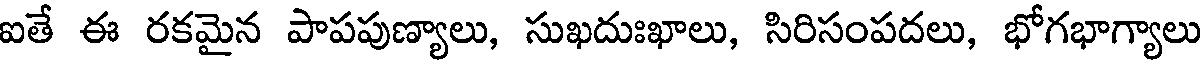
ఐతే ఈ రకమైన పాపపుణ్యాలు, సుఖదుఃఖాలు, సిరిసంపదలు, భోగభాగ్యాలు